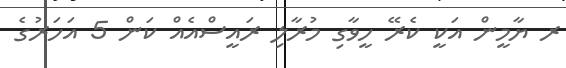
ރ ޔާމީން އަކީ ކެރޭ ހީވާގި މުރާލި ރައީސްއެއް ކަން 5 އަހަރުގެ